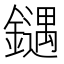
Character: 𰽍